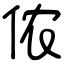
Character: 侬